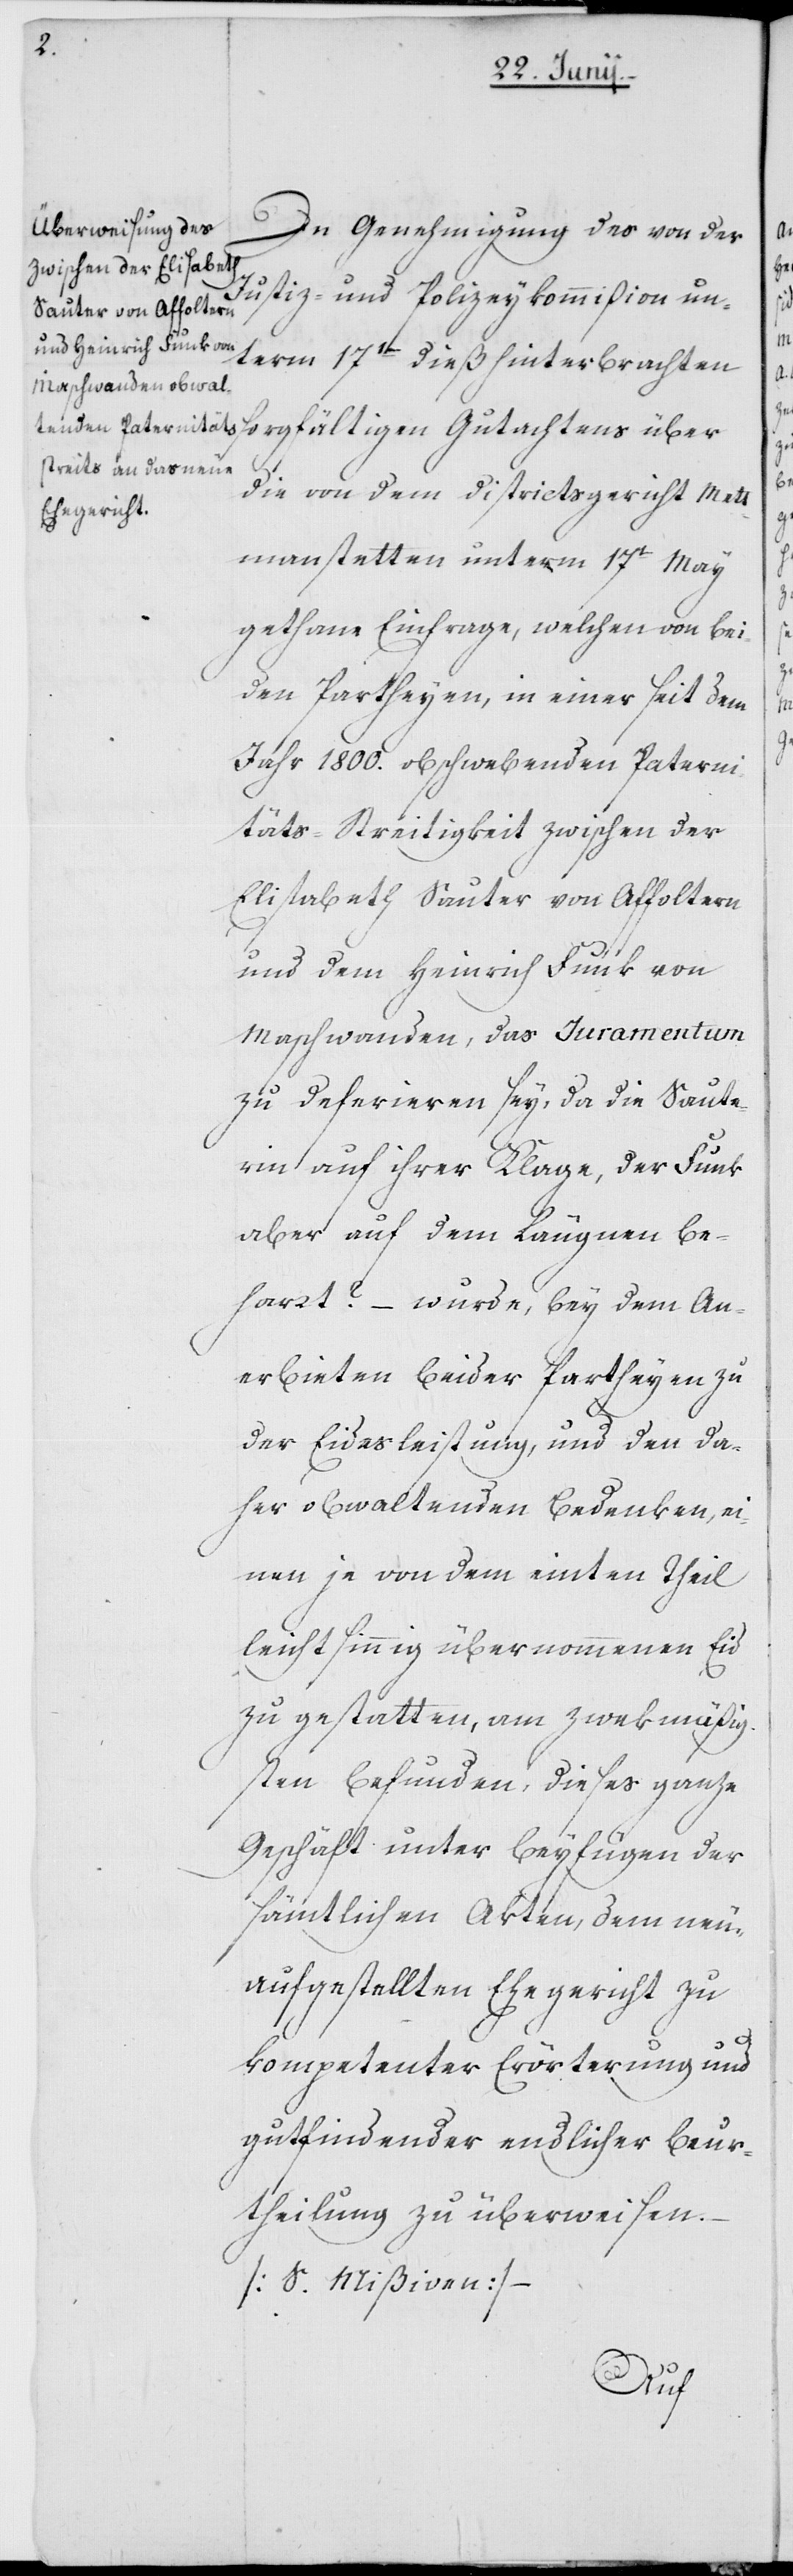
In Genehmigung des von der
Justiz- und Polizeykommißion un¬
term 17ten dieß hinterbrachten
die von dem Districtsgericht Mett¬
manstetten unterm 17ten May
gethane Einfrage, welchen von bey¬
den Partheyen in einer seit dem
Jahr 1800. obschwebenden Paterni¬
täts-Streitigkeit zwischen der
Elisabeth Sauter von Affoltern
und dem Heinrich Funk von
Maschwanden, das Juramentum
zu deferiren sey, da die Saute¬
rin auf ihrer Klage, der Funk
aber auf dem Läugnen be¬
harrt? – wurde, bey dem An¬
erbieten beyder Partheyen zu
der Eidesleistung, und den da¬
her obwaltenden Bedenken, ei¬
nen je von dem einten Theil
leichtsinnig übernommenen Eid
zu gestatten, am zwekmäßig¬
sten befunden, dieses ganze
Geschäft unter Beyfügen der
sämtlichen Akten, dem neu¬
aufgestellten Ehegericht zu
kompetenter Erörterung und
gutfindender endlicher Beur¬
theilung zu überweisen.
[S. Mißiven].